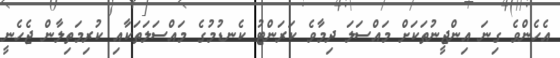
އެހެންވެ ގިނަ އިންޖީނުތަކަށް މައްސަލަ ދިމާވެ ކަރަންޓު ކެނޑުމުގެ މައްސަލަތަކާއި ކުރިމަތިލާން ޖެހެނީ